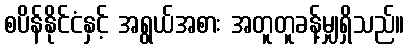
စပိန်နိုင်ငံနှင့် အရွယ်အစား အတူတူခန့်မျှရှိသည်။